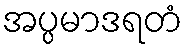
အပ္ပမာဒရတံ